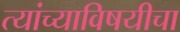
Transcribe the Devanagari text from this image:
त्यांच्याविषयीचा